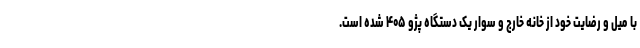
با میل و رضایت خود از خانه خارج و سوار یک دستگاه پژو ۴۰۵ شده است.